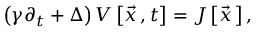
\left( \gamma \partial _ { t } + \Delta \right) V \left[ \vec { x } { \, } , t \right] = J \left[ { \vec { x } } { \, } \right] ,